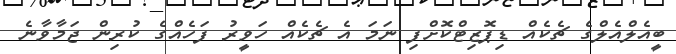
ބީއެލްއެލްގެ ޗެކެއް ޑިޕޮޒިޓްކޮށްފި ނަމަ އެ ޗެކެއް ހަވީރު ފަހެއްގެ ކުރިން ޖަމާވާނެ